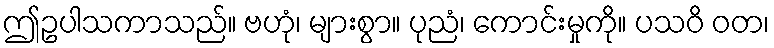
ဤဥပါသကာသည်။ ဗဟုံ၊ များစွာ။ ပုညံ၊ ကောင်းမှုကို။ ပသဝိ ဝတ၊